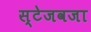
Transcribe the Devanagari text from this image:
स्टेजवजा